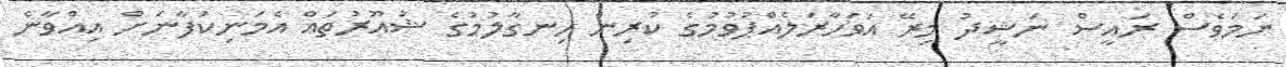
ނަމަވެސް ރައީސް ނަޝީދު މިރޭ އަވަހާރަލެއްޕުވުމުގެ ކުރިން ހިނގާލުމުގެ ޝުއޫރުތައް އެމަނިކުފާނަށް އިއްވާނެ